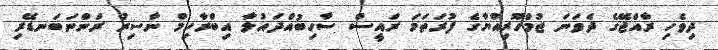
ދިވެހި ރާއްޖޭގެ ދެވަނަ ޖުމްހޫރިއްޔާގެ ފުރަތަމަ ރައީސް ސާހިބުއްދައުލާ އިބްރާހިމް ނާސިރު ރަންނަބަނޑޭރި